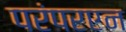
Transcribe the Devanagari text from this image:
परंपरएन